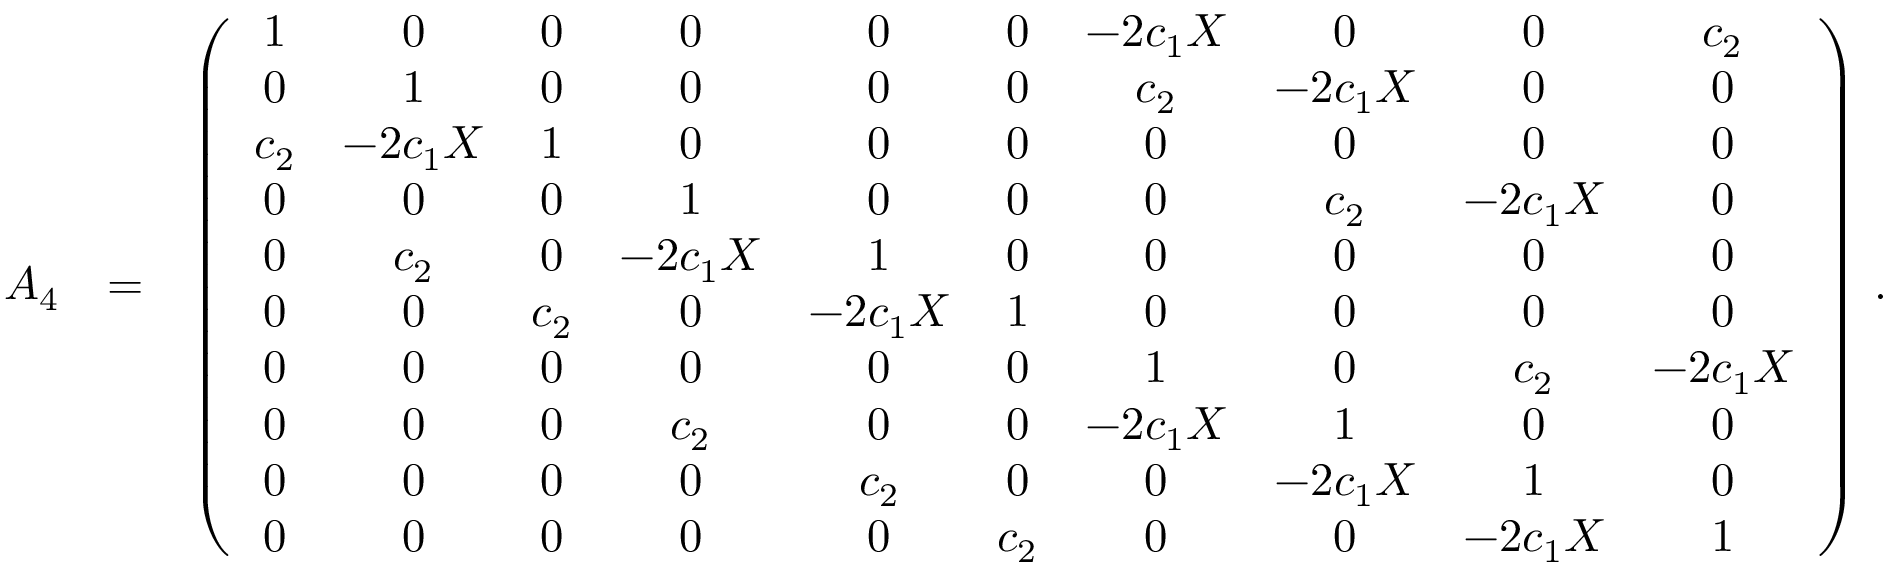
\begin{array} { r l r } { { \cal A } _ { 4 } } & { = } & { \left( \begin{array} { c c c c c c c c c c } { 1 } & { 0 } & { 0 } & { 0 } & { 0 } & { 0 } & { - 2 c _ { 1 } X } & { 0 } & { 0 } & { c _ { 2 } } \\ { 0 } & { 1 } & { 0 } & { 0 } & { 0 } & { 0 } & { c _ { 2 } } & { - 2 c _ { 1 } X } & { 0 } & { 0 } \\ { c _ { 2 } } & { - 2 c _ { 1 } X } & { 1 } & { 0 } & { 0 } & { 0 } & { 0 } & { 0 } & { 0 } & { 0 } \\ { 0 } & { 0 } & { 0 } & { 1 } & { 0 } & { 0 } & { 0 } & { c _ { 2 } } & { - 2 c _ { 1 } X } & { 0 } \\ { 0 } & { c _ { 2 } } & { 0 } & { - 2 c _ { 1 } X } & { 1 } & { 0 } & { 0 } & { 0 } & { 0 } & { 0 } \\ { 0 } & { 0 } & { c _ { 2 } } & { 0 } & { - 2 c _ { 1 } X } & { 1 } & { 0 } & { 0 } & { 0 } & { 0 } \\ { 0 } & { 0 } & { 0 } & { 0 } & { 0 } & { 0 } & { 1 } & { 0 } & { c _ { 2 } } & { - 2 c _ { 1 } X } \\ { 0 } & { 0 } & { 0 } & { c _ { 2 } } & { 0 } & { 0 } & { - 2 c _ { 1 } X } & { 1 } & { 0 } & { 0 } \\ { 0 } & { 0 } & { 0 } & { 0 } & { c _ { 2 } } & { 0 } & { 0 } & { - 2 c _ { 1 } X } & { 1 } & { 0 } \\ { 0 } & { 0 } & { 0 } & { 0 } & { 0 } & { c _ { 2 } } & { 0 } & { 0 } & { - 2 c _ { 1 } X } & { 1 } \end{array} \right) \, . } \end{array}